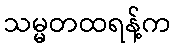
သမ္မတထရန့်က